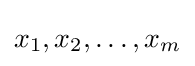
x_{1},x_{2},\dots ,x_{m}